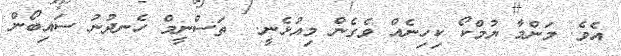
އެވެ. މަންމާ ޔުމްކޯ ކިހިނެއް ވެގެން މިއުޅެނީ.  ތަސްނީމް ހެނދުނު ސައިބޯން